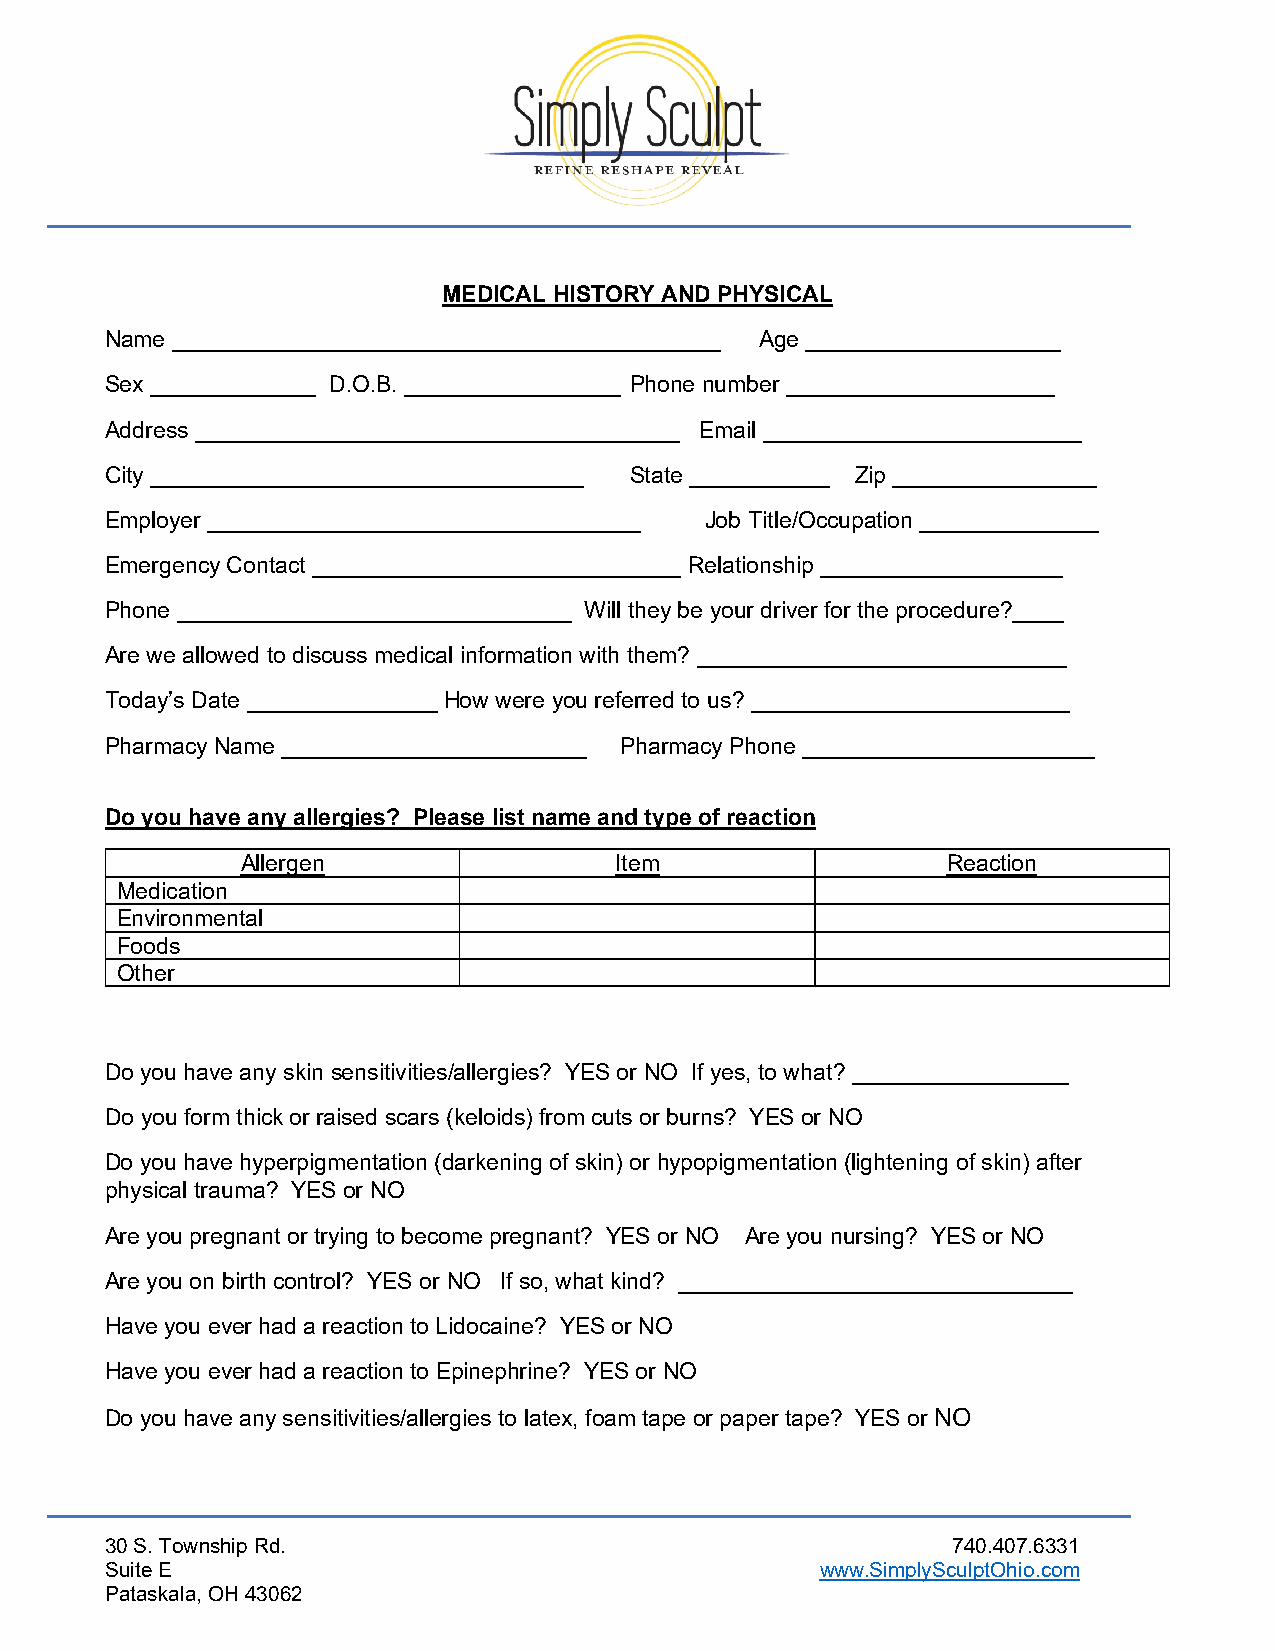
MEDICAL HISTORY AND PHYSICAL
 Name ___________________________________________ Age ____________________
 Sex _____________ D.O.B. _________________ Phone number _____________________
 Address ______________________________________ Email _________________________
 City __________________________________ State ___________ Zip ________________
 Employer __________________________________ Job Title/Occupation ______________
 Emergency Contact _____________________________ Relationship ___________________
 Phone _______________________________ Will they be your driver for the procedure?____
 Are we allowed to discuss medical information with them? _____________________________
 Today’s Date _______________ How were you referred to us? _________________________
 Pharmacy Name ________________________ Pharmacy Phone _______________________
 Do you have any allergies? Please list name and type of reaction
 Allergen                 Item                  Reaction
 Medication
 Environmental
 Foods
 Other
 Do you have any skin sensitivities/allergies? YES or NO If yes, to what? _________________
 Do you form thick or raised scars (keloids) from cuts or burns? YES or NO
 Do you have hyperpigmentation (darkening of skin) or hypopigmentation (lightening of skin) after
 physical trauma? YES or NO
 Are you pregnant or trying to become pregnant? YES or NO Are you nursing? YES or NO
 Are you on birth control? YES or NO If so, what kind? _______________________________
 Have you ever had a reaction to Lidocaine? YES or NO
 Have you ever had a reaction to Epinephrine? YES or NO
 Do you have any sensitivities/allergies to latex, foam tape or paper tape? YES or NO
 30 S. Township Rd.                                      740.407.6331
 Suite E                                        www.SimplySculptOhio.com
 Pataskala, OH 43062